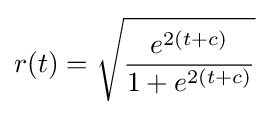
r(t)={\sqrt {\frac {e^{2(t+c)}}{1+e^{2(t+c)}}}}